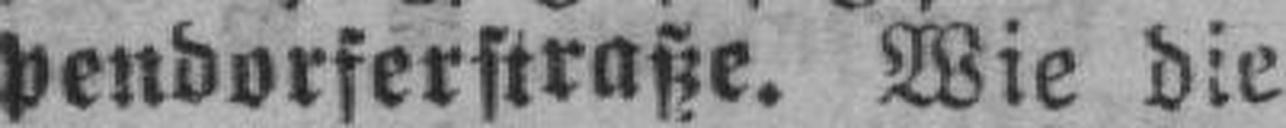
pendorferstraße. Wie die